Insane asylums Bombay 1873-77 - 1873-1877
Year: 1873
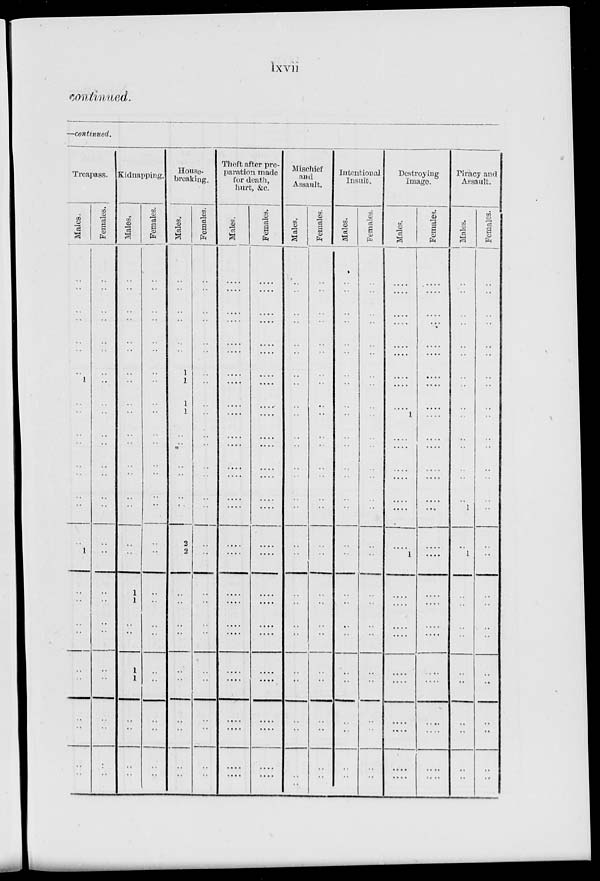
lxvii
continued.
—continued.
Treapass.
Males.
..
..
..
..
..
..
..
1
..
..
..
..
..
..
..
..
..
1
..
..
..
..
..
..
..
..
..
..
Females.
..
..
..
..
..
..
..
..
..
..
..
..
..
..
..
..
..
..
..
..
..
..
..
..
..
..
..
..
Kidnapping.
Males.
..
..
..
..
..
..
..
..
..
..
..
..
..
..
..
..
..
..
1
1
..
..
1
1
..
..
..
..
Females.
..
..
..
..
..
..
..
..
..
..
..
..
..
..
..
..
..
..
..
..
..
..
..
..
..
..
..
..
House-
breaking.
Males.
..
..
..
..
..
..
1
1
1
1
..
..
..
..
..
2
2
..
..
..
..
..
..
..
..
..
..
Females.
..
..
..
..
..
..
..
..
..
..
..
..
..
..
..
..
..
..
..
..
..
..
..
..
..
..
..
..
Theft after pre-
paration made
for death,
hurt, &c.
Males.
....
....
....
....
....
....
....
....
....
....
....
....
....
....
....
....
....
....
....
....
....
....
....
....
....
....
....
....
Females.
....
....
....
....
....
....
....
....
....
....
....
....
....
....
....
....
....
....
....
....
....
....
....
....
....
....
....
....
Mischief
and
Assault.
Males.
..
..
..
..
..
..
..
..
..
..
..
..
..
..
..
..
..
..
..
..
..
..
..
..
..
..
..
..
Females.
..
..
..
..
..
..
..
..
..
..
..
..
..
..
..
..
..
..
..
..
..
..
..
..
..
..
..
..
Intentional
Insult.
Males.
..
..
..
..
..
..
..
..
..
..
..
..
..
..
..
..
..
..
..
..
..
..
..
..
..
..
..
..
Females.
..
..
..
..
..
..
..
..
..
..
..
..
..
..
..
..
..
..
..
..
..
..
..
..
..
..
..
..
Destroying
Image.
Males.
....
....
....
....
....
....
....
....
....
1
....
....
....
....
....
....
....
1
....
....
....
....
....
....
....
....
....
....
Females.
....
....
....
....
....
....
....
....
....
....
....
....
....
....
....
....
....
....
....
....
....
....
....
....
....
....
....
....
Piracy and
Assault.
Males.
..
..
..
..
..
..
..
..
..
..
..
..
..
..
..
1
..
1
..
..
..
..
..
..
..
..
..
..
Females.
..
..
..
..
..
..
..
..
..
..
..
..
..
..
..
..
..
..
..
..
..
..
..
..
..
..
..